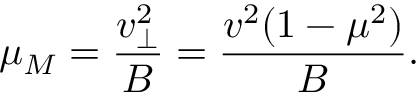
\mu _ { M } = \frac { v _ { \perp } ^ { 2 } } { B } = \frac { v ^ { 2 } ( 1 - \mu ^ { 2 } ) } { B } .